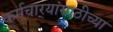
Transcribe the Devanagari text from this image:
कर्मचार्‍यांसाठीच्या